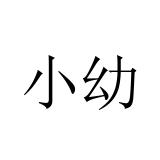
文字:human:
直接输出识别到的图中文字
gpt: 小幼